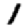
Digit: 1